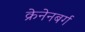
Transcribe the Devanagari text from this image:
क्रेनेनबर्ग